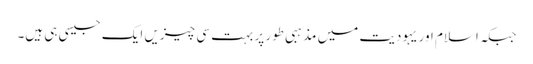
جبکہ اسلام اور یہودیت میں مذہبی طور پر بہت سی چیزیں ایک جیسی ہی ہیں۔